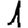
Digit: 1